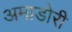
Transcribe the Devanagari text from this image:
अमाडोरी